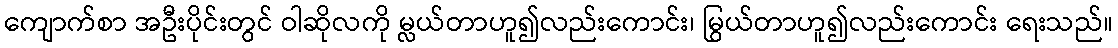
ကျောက်စာ အဦးပိုင်းတွင် ဝါဆိုလကို မ္လယ်တာဟူ၍လည်းကောင်း၊ မြွယ်တာဟူ၍လည်းကောင်း ရေးသည်။